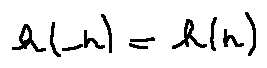
h ( - r ) = h ( r )